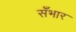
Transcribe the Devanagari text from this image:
सँभार